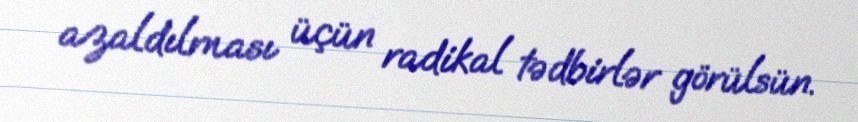
azaldılması üçün radikal tədbirlər görülsün.